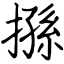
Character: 搎